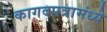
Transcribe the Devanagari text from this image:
कागदपत्रामंध्ये